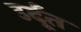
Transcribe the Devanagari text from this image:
उर्दूंत